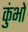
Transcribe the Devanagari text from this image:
कुंभो